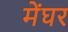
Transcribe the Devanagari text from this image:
मेंघर